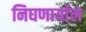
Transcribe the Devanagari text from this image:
निघणार्याल